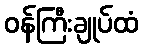
ဝန်ကြီးချုပ်ထံ